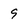
Character: 9